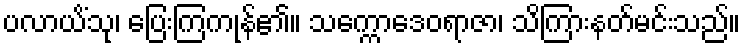
ပလာယိံသု၊ ပြေးကြကုန်၏။ သက္ကောဒေဝရာဇာ၊ သိကြားနတ်မင်းသည်။